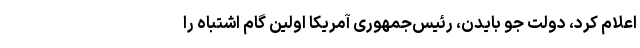
اعلام کرد، دولت جو بایدن، رئیس‌جمهوری آمریکا اولین گام اشتباه را